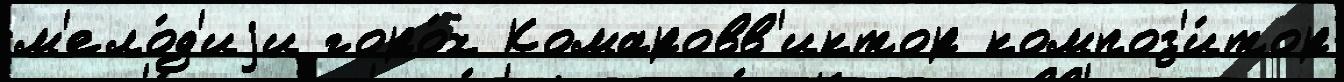
м'ело́д'иjи горо́х Комаровв'иктор композ'и́тор